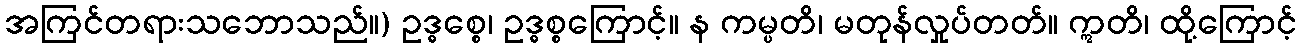
အကြင်တရားသဘောသည်။) ဥဒ္ဓစ္စေ၊ ဥဒ္ဓစ္စကြောင့်။ န ကမ္ပတိ၊ မတုန်လှုပ်တတ်။ ဣတိ၊ ထို့ကြောင့်